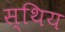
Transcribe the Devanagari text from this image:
स्थिय